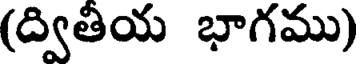
(ద్వితియ భాగము)